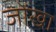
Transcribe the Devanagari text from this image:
जोंखा